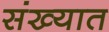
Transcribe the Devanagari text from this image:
संख्यात